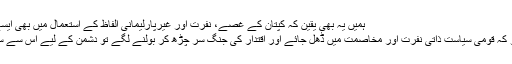
ہمیں یہ بھی یقین کہ کپتان کے غصّے، نفرت اور غیرپارلیمانی الفاظ کے استعمال میں بھی ایسے ہی لوگوں کا ہاتھ ہے کیونکہ
جب قومی رَہنماؤں کا یہ عالم ہو کہ قومی سیاست ذاتی نفرت اور مخاصمت میں ڈھل جائے اور اقتدار کی جنگ سر چڑھ کر بولنے لگے تو دشمن کے لیے اِس سے سنہری موقع اور کوئی نہیں ہوتا۔